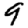
Digit: 9